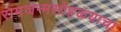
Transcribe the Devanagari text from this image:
रामजन्मसोहळ्याचा